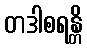
တဒါစရန္တိ